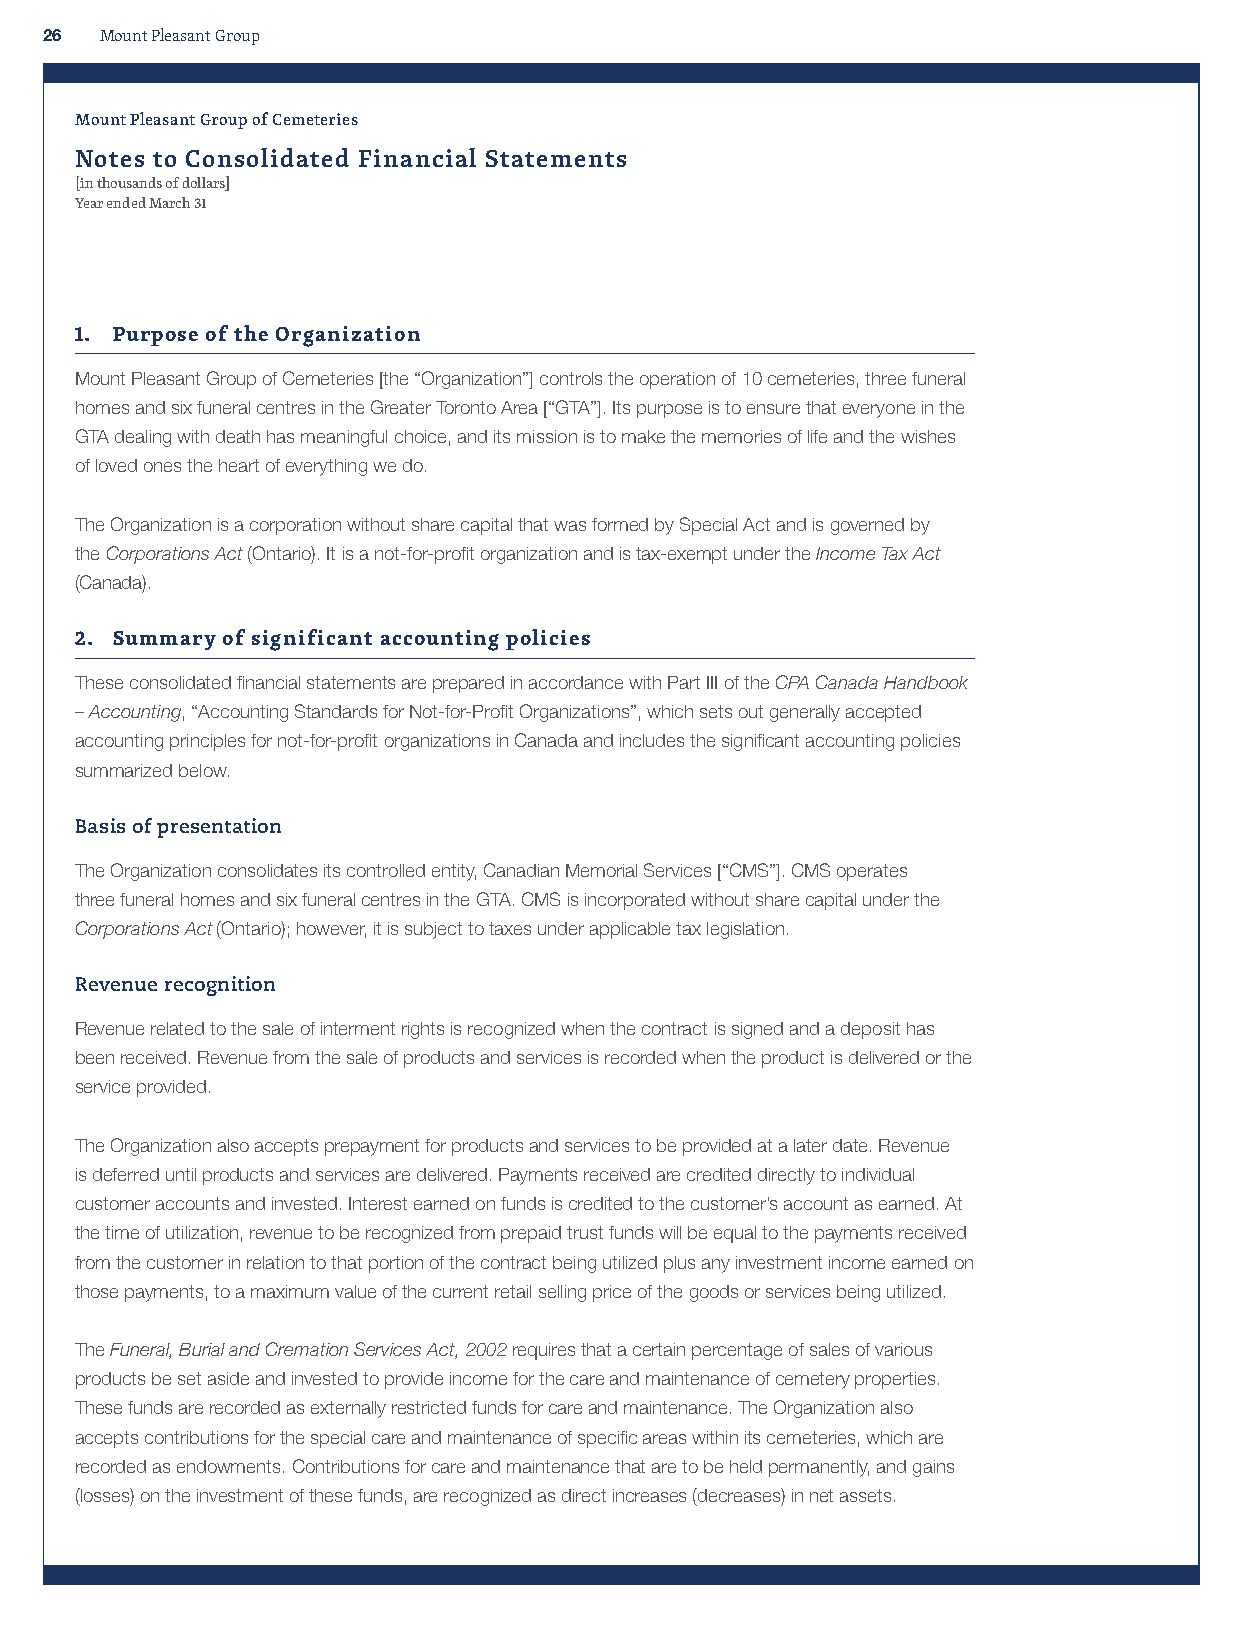
26  Mount Pleasant Group
 Mount Pleasant Group of Cemeteries
 Notes to Consolidated Financial Statements
 [in thousands of dollars]
 Year ended March 31
 1. Purpose of the Organization
 Mount Pleasant Group of Cemeteries [the “Organization”] controls the operation of 10 cemeteries, three funeral
 homes and six funeral centres in the Greater Toronto Area [“GTA”]. Its purpose is to ensure that everyone in the
 GTA dealing with death has meaningful choice, and its mission is to make the memories of life and the wishes
 of loved ones the heart of everything we do.
 The Organization is a corporation without share capital that was formed by Special Act and is governed by
 the Corporations Act (Ontario). It is a not-for-profit organization and is tax-exempt under the Income Tax Act
 (Canada).
 2. Summary of significant accounting policies
 These consolidated financial statements are prepared in accordance with Part III of the CPA Canada Handbook
 – Accounting, “Accounting Standards for Not-for-Profit Organizations”, which sets out generally accepted
 accounting principles for not-for-profit organizations in Canada and includes the significant accounting policies
 summarized below.
 Basis of presentation
 The Organization consolidates its controlled entity, Canadian Memorial Services [“CMS”]. CMS operates
 three funeral homes and six funeral centres in the GTA. CMS is incorporated without share capital under the
 Corporations Act (Ontario); however, it is subject to taxes under applicable tax legislation.
 Revenue recognition
 Revenue related to the sale of interment rights is recognized when the contract is signed and a deposit has
 been received. Revenue from the sale of products and services is recorded when the product is delivered or the
 service provided.
 The Organization also accepts prepayment for products and services to be provided at a later date. Revenue
 is deferred until products and services are delivered. Payments received are credited directly to individual
 customer accounts and invested. Interest earned on funds is credited to the customer’s account as earned. At
 the time of utilization, revenue to be recognized from prepaid trust funds will be equal to the payments received
 from the customer in relation to that portion of the contract being utilized plus any investment income earned on
 those payments, to a maximum value of the current retail selling price of the goods or services being utilized.
 The Funeral, Burial and Cremation Services Act, 2002 requires that a certain percentage of sales of various
 products be set aside and invested to provide income for the care and maintenance of cemetery properties.
 These funds are recorded as externally restricted funds for care and maintenance. The Organization also
 accepts contributions for the special care and maintenance of specific areas within its cemeteries, which are
 recorded as endowments. Contributions for care and maintenance that are to be held permanently, and gains
 (losses) on the investment of these funds, are recognized as direct increases (decreases) in net assets.